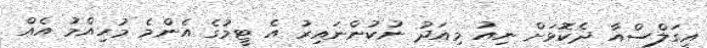
އީގަލްސްއާ ދެކޮޅަށް ނިއު މިއަދު ނުކުންނައިރު އެ ޓީމުގެ އެންމެ މުހިއްމު އެއް